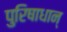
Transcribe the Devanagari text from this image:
पुरिषाधान्